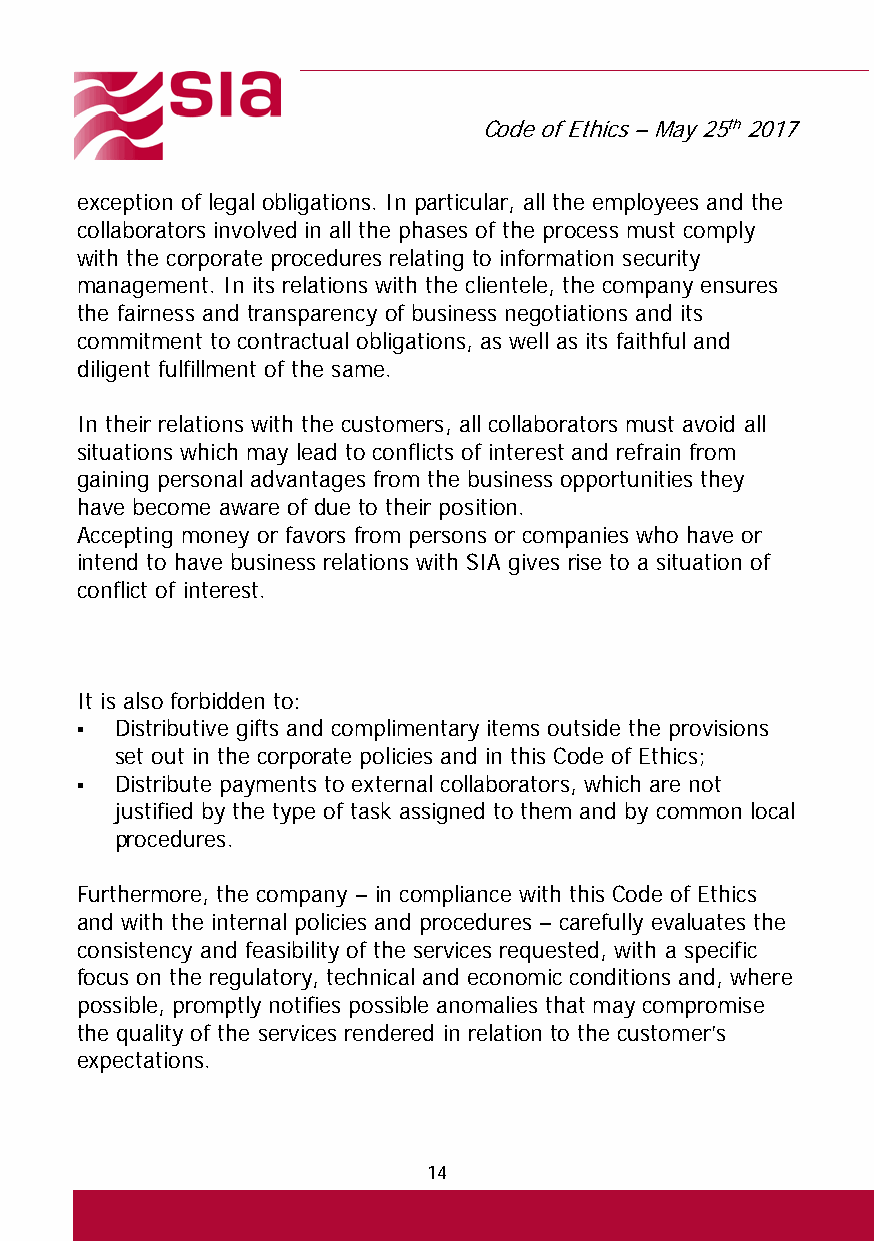
Code of Ethics – May 25th 2017
 exception of legal obligations. In particular, all the employees and the
 collaborators involved in all the phases of the process must comply
 with the corporate procedures relating to information security
 management. In its relations with the clientele, the company ensures
 the fairness and transparency of business negotiations and its
 commitment to contractual obligations, as well as its faithful and
 diligent fulfillment of the same.
 In their relations with the customers, all collaborators must avoid all
 situations which may lead to conflicts of interest and refrain from
 gaining personal advantages from the business opportunities they
 have become aware of due to their position.
 Accepting money or favors from persons or companies who have or
 intend to have business relations with SIA gives rise to a situation of
 conflict of interest.
 It is also forbidden to:
   Distributive gifts and complimentary items outside the provisions
 set out in the corporate policies and in this Code of Ethics;
   Distribute payments to external collaborators, which are not
 justified by the type of task assigned to them and by common local
 procedures.
 Furthermore, the company – in compliance with this Code of Ethics
 and with the internal policies and procedures – carefully evaluates the
 consistency and feasibility of the services requested, with a specific
 focus on the regulatory, technical and economic conditions and, where
 possible, promptly notifies possible anomalies that may compromise
 the quality of the services rendered in relation to the customer’s
 expectations.
 14